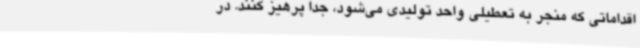
اقداماتی که منجر به تعطیلی واحد تولیدی می‌شود، جداً پرهیز کنند. در